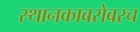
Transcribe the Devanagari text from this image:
स्थानकाबरोबरच